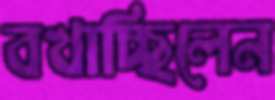
বখাচ্ছিলেন